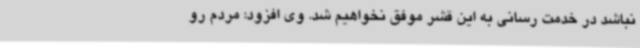
نباشد در خدمت رسانی به این قشر موفق نخواهیم شد. وی افزود: مردم رو